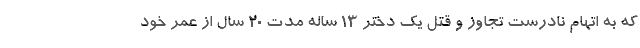
که به اتهام نادرست تجاوز و قتل یک دختر ۱۳ ساله مدت ۲۰ سال از عمر خود